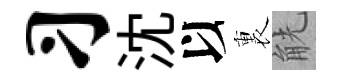
习沈以裏觥